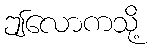
ဤလောကသို့